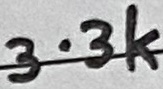
Text: 3.3k